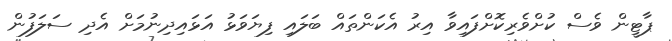
ޕާޓީން ވެސް ކުށްވެރިކޮށްފައިވާ އިރު އެކަންތައް ބަލައި ފިޔަވަޅު އަޅައިދިނުމަށް އެދި ސަލަފުން